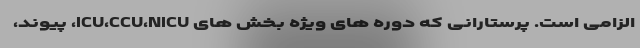
الزامی است. پرستارانی که دوره های ویژه بخش های ICU،CCU،NICU، پیوند،